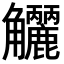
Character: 𧥗